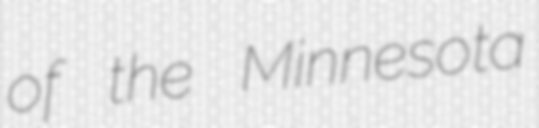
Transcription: of the Minnesota